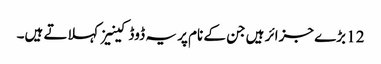
12 بڑے جزائر ہیں جن کے نام پر یہ ڈوڈکینیز کہلاتے ہیں۔